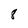
Character: 8